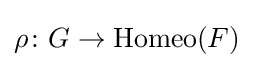
\rho \colon G\to {\text{Homeo}}(F)